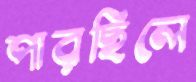
পারছিলে